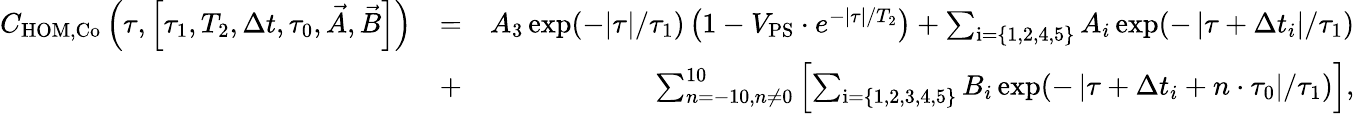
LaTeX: \begin{array}{rlr}{C_{\mathrm{HOM,Co}}\left(\tau,\left[\tau_{1},T_{2},\Delta t,\tau_{0},\vec{A},\vec{B}\right]\right)}&{=}&{A_{3}\exp(-|\tau|/\tau_{1})\left(1-V_{\mathrm{PS}}\cdot e^{-|\tau|/T_{2}}\right)+\sum_{\mathrm{i}=\{ 1,2,4,5\} }A_{i}\exp(-\left|\tau+\Delta t_{i}\right|/\tau_{1})}\\ &{+}&{\sum_{n=-10,n\neq 0}^{10}\left[\sum_{\mathrm{i}=\{ 1,2,3,4,5\} }B_{i}\exp(-\left|\tau+\Delta t_{i}+n\cdot\tau_{0}\right|/\tau_{1})\right],}\end{array}